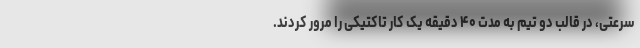
سرعتی، در قالب دو تیم به مدت ۴۰ دقیقه یک کار تاکتیکی را مرور کردند.